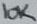
Text: 10K